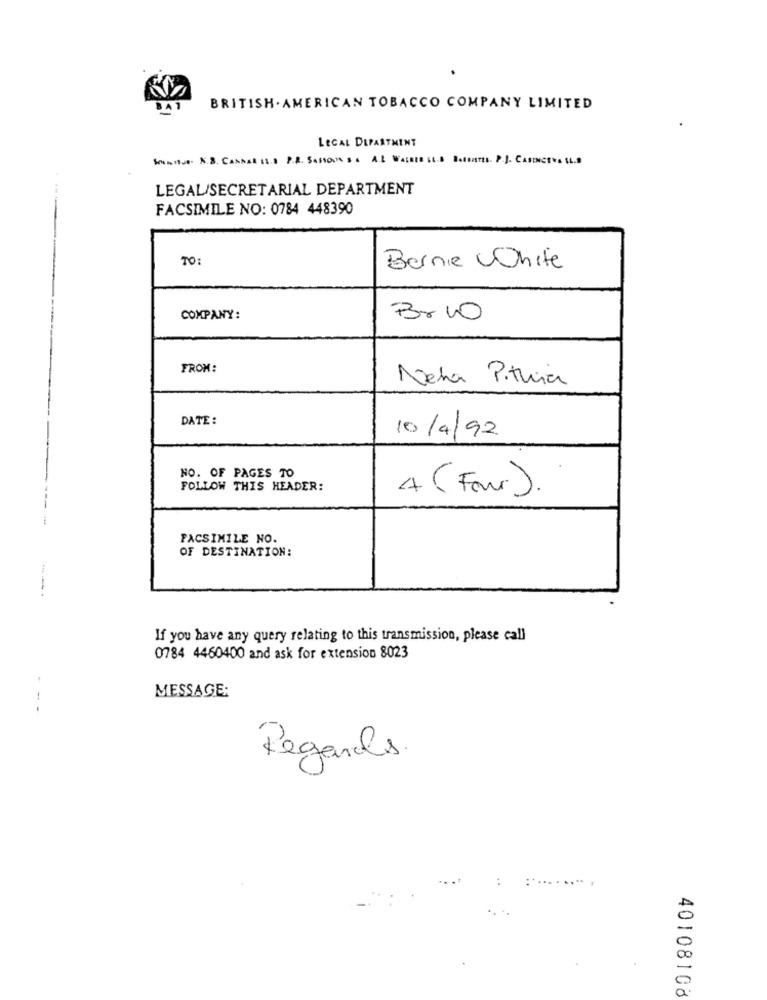
BRITISH . AMERICAN TOBACCO COMPANY LIMITED
LEGAL DEPARTMENT
STATUS. N.B. CANDAR 11.3 P.R. SASSOON S A AL WALEED LES BOSENTES. P.J. CASINCEVA 15.9
LEGAL/SECRETARIAL DEPARTMENT
FACSIMILE NO: 0784 448390
TO:
Bernie White
COMPANY:
Br10
FROM:
Neha Pituria
DATE:
10/4/92
NO. OF PAGES TO
FOLLOW THIS HEADER:
4 (Four).
FACSIMILE NO.
OF DESTINATION:
If you have any query relating to this transmission, please call
0784 4460400 and ask for extension 8023
MESSAGE:
---
Regards.
40108108